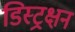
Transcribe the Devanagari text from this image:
डिस्ट्रक्षन